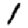
Digit: 1